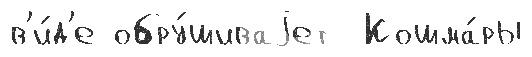
в'и́д'е обру́шиваjет  Кошма́ры